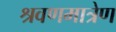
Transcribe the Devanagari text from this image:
श्रवणमात्रेण